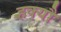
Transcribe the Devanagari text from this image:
हक्यौ